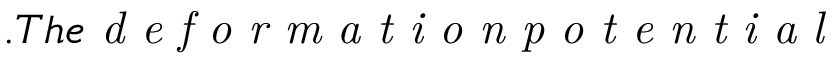
. T h e \emph { d e f o r m a t i o n p o t e n t i a l }